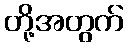
တို့အတွက်